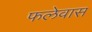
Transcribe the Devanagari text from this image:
फलेवास